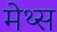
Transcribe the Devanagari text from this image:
मेथ्स